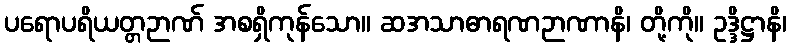
ပရောပရိယတ္တဉာဏ် အစရှိကုန်သော။ ဆအသာဓာရဏဉာဏာနိ၊ တို့ကို။ ဥဒ္ဒိဋ္ဌာနိ၊